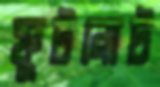
ফুটনোট